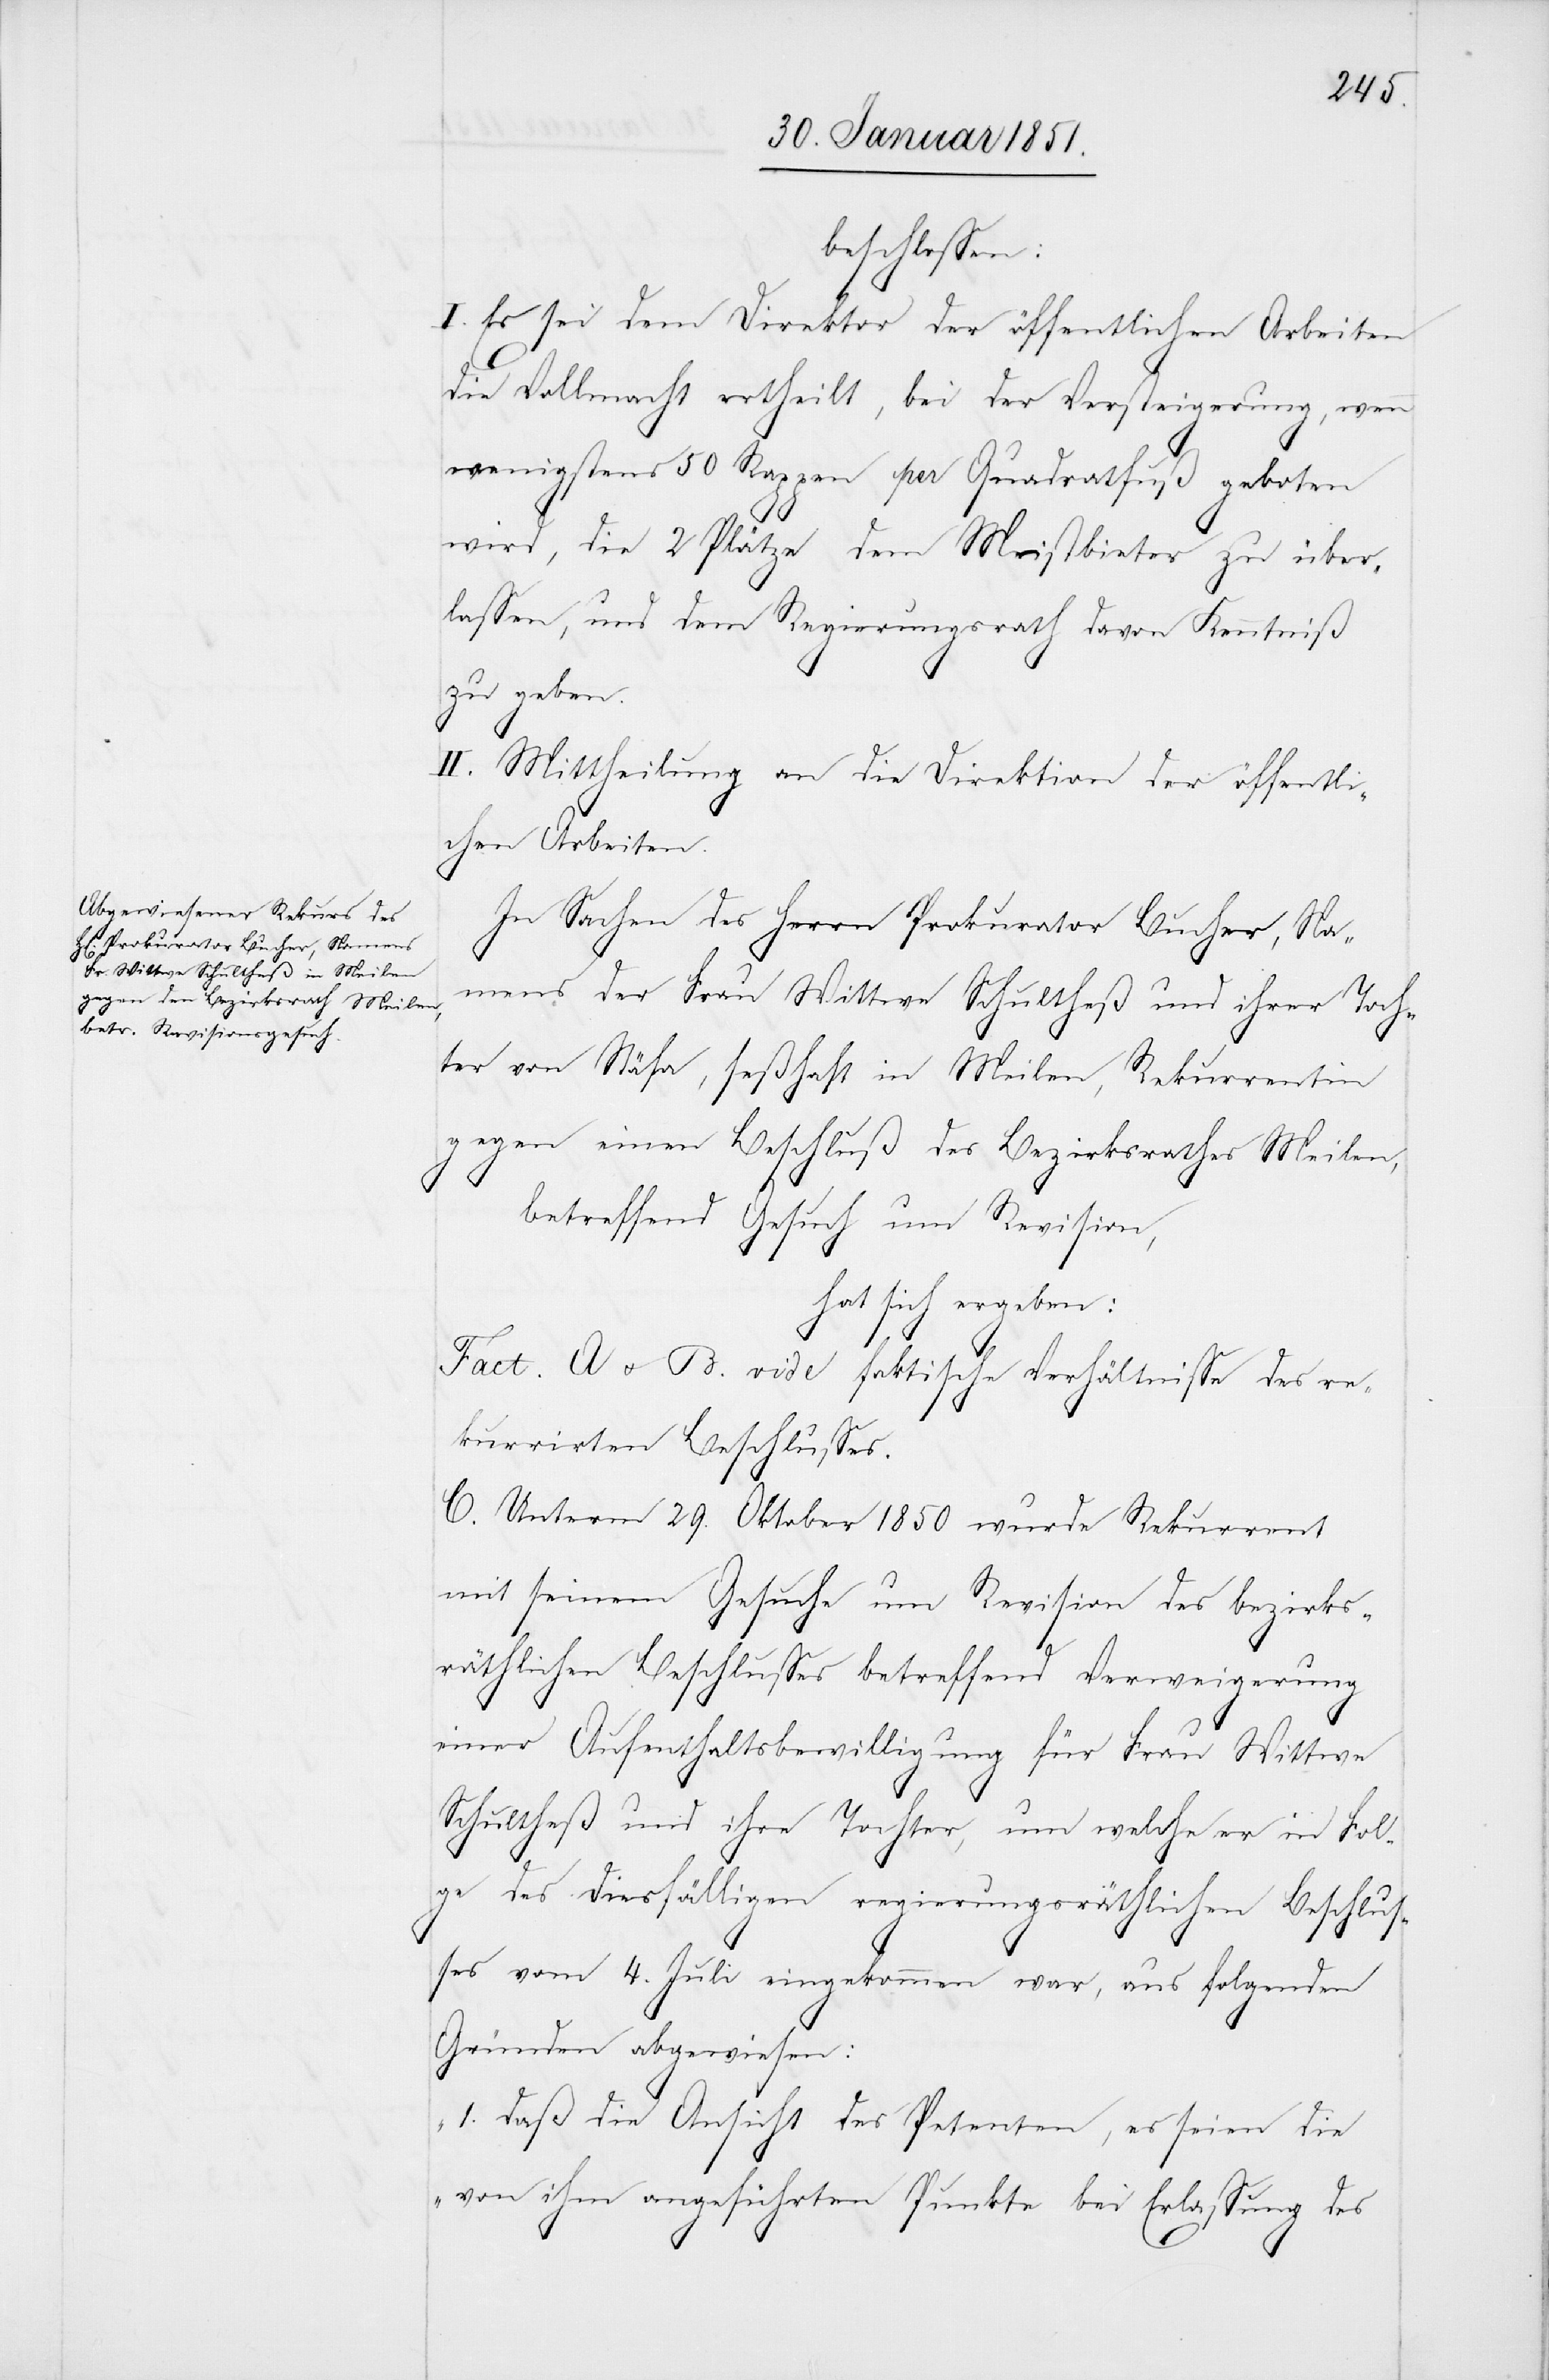
beschlossen:
I. Es sei dem Direktor [recte: der Direktion] der öffentli¬
die Vollmacht ertheilt, bei der Versteigerung, wenn
wenigstens 50 Rappen per Quadratfuß geboten
wird, die 2 Plätze dem Meistbieter zu über¬
lassen, und dem Regierungsrath davon Kenntniß
zu geben.
II. Mittheilung an die Direktion der öffentli¬
chen Arbeiten.
In Sachen des Herrn Prokurator Bucher, Na¬
mens der Frau Wittwe Schultheß und ihrer Toch¬
ter von Stäfa, seßhaft in Meilen, Rekurrentin
gegen einen Beschluß des Bezirksrathes Meilen,
betreffend Gesuch um Revision,
hat sich ergeben:
Fact. A u. B. vide faktische Verhältnisse des re¬
kurrirten Beschlusses.
C. Unterm 29. Oktober 1850 wurde Rekurrent
mit seinem Gesuche um Revision des bezirks¬
räthlichen Beschlusses betreffend Verweigerung
einer Aufenthaltsbewilligung für Frau Wittwe
Schultheß und ihre Tochter, um welche er in Fol¬
ge des diesfälligen regierungsräthlichen Beschlus¬
ses vom 4. Juli eingekommen war, aus folgenden
Gründen abgewiesen:
„1. daß die Ansicht des Petenten, es seien die
von ihm angeführten Punkte bei Erlassung des